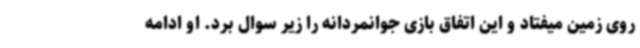
روی زمین میفتاد و این اتفاق بازی جوانمردانه را زیر سوال برد. او ادامه